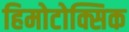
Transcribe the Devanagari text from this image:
हिमोटोक्सिक